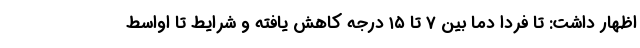
اظهار داشت: تا فردا دما بین ۷ تا ۱۵ درجه کاهش یافته و شرایط تا اواسط